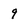
Character: 9